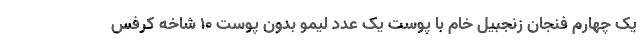
یک چهارم فنجان زنجبیل خام با پوست یک عدد لیمو بدون پوست 10 شاخه کرفس